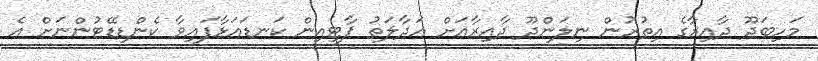
މަހިބަދޫ ދާއިރާގެ އިތުރުން ނިލަންދޫ ދާއިރާއަށް އަދާލަތު ޕާޓީއިން ކަނޑައަޅާފައިވާ ކެންޑިޑޭޓުންނަށް އެ